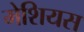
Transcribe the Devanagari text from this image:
मेशियस